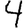
Digit: 4